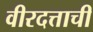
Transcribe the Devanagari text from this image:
वीरदत्ताची